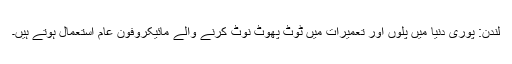
لندن: پوری دنیا میں پلوں اور تعمیرات میں ٹوٹ پھوٹ نوٹ کرنے والے مائیکروفون عام استعمال ہوتے ہیں۔